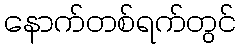
နောက်တစ်ရက်တွင်